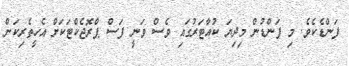
ފަންޑެކެވެ. މި ފަންޑުން މިދިޔަ ކުއާޓަރުގައި ވެސް ވަނީ ފަސް ޕްރޮޖެކްޓަކަށް އެހީތެރިކަން